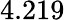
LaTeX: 4.219